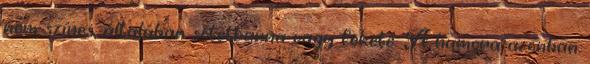
nem színes, általában sötétbarna vagy fekete. A humora azonban